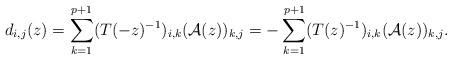
LaTeX: \begin{align*}d_{i,j}(z) = \sum_{k = 1}^{p+1} (T(-z)^{-1} )_{i,k} ( \mathcal{A}(z) )_{k,j} = - \sum_{k = 1}^{p+1} (T(z)^{-1} )_{i,k} ( \mathcal{A}(z) )_{k,j} .\end{align*}